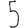
Digit: 5